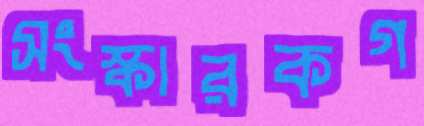
সংস্কারকগ